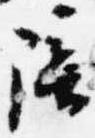
陪